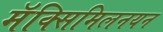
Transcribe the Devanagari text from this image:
मॅक्सिमिलनयन